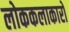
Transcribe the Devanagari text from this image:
लोककलाकारों